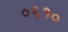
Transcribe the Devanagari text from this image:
०६१०